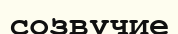
созвучие